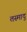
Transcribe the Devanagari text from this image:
तस्मादु